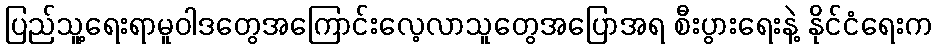
ပြည်သူ့ရေးရာမူဝါဒတွေအကြောင်းလေ့လာသူတွေအပြောအရ စီးပွားရေးနဲ့ နိုင်ငံရေးက